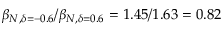
\beta _ { N , \delta = - 0 . 6 } / \beta _ { N , \delta = 0 . 6 } = 1 . 4 5 / 1 . 6 3 = 0 . 8 2